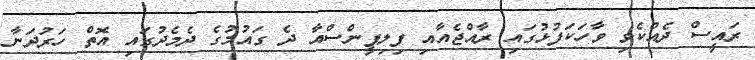
ރައީސް ދެއްކެވި ވާހަކަފުޅުގައި ރާއްޖެއާއި ފިލިޕީންސްއާ ދެ ގައުމުގެ ދެމެދުގައި އޮތް ހަރުދަނާ